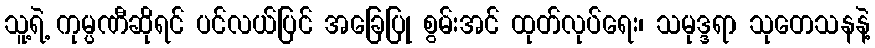
သူ့ရဲ့ ကုမ္ပဏီဆိုရင် ပင်လယ်ပြင် အခြေပြု စွမ်းအင် ထုတ်လုပ်ရေး၊ သမုဒ္ဒရာ သုတေသနနဲ့